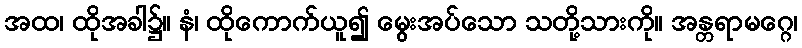
အထ၊ ထိုအခါ၌။ နံ၊ ထိုကောက်ယူ၍ မွေးအပ်သော သတို့သားကို။ အန္တရာမဂ္ဂေ၊